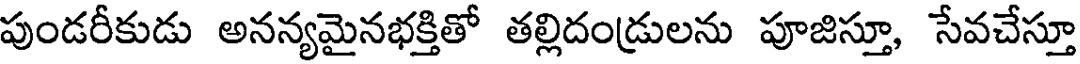
పుండరీకుడు అనన్యమైనభక్తితో తల్లిదండ్రులను పూజిస్తూ, సేవచేస్తూ